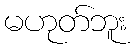
မဟုတ်ဘူး